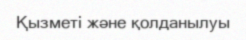
Қызметі және қолданылуы